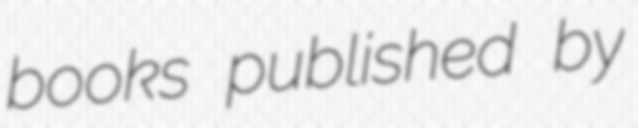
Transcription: books published by